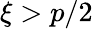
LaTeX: \xi>p/2